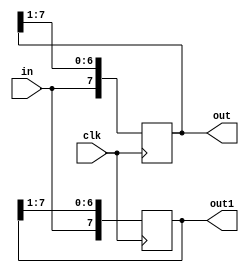
module top    (
out,
out1,
clk,
in
);
    output [7:0] out;
    output [7:0] out1;
    input signed clk, in;
    reg signed [7:0] out;
    reg signed [7:0] out1;

    always @(posedge clk)
	begin
		out    <= out >> 1;
		out[7] <= in;
	end

	always @(posedge clk)
	begin
		out1    <= out1 >> 1;
		out1[7] <= in;
	end

endmodule